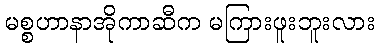
မစ္စဟာနာအိုကာဆီက မကြားဖူးဘူးလား